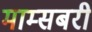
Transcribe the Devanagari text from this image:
माम्सबरी